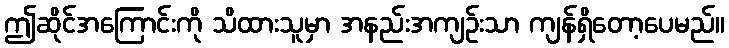
ဤဆိုင်အကြောင်းကို သိထားသူမှာ အနည်းအကျဉ်းသာ ကျန်ရှိတော့ပေမည်။